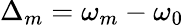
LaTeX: \Delta_{m}=\omega_{m}-\omega_{0}